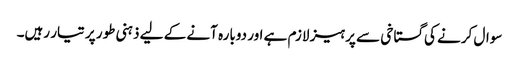
سوال کرنے کی گستاخی سے پرہیز لازم ہے اور دوبارہ آنے کے لیے ذہنی طور پر تیار رہیں۔